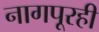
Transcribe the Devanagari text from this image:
नागपूरही